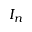
I _ { n }